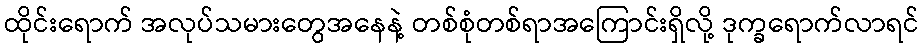
ထိုင်းရောက် အလုပ်သမားတွေအနေနဲ့ တစ်စုံတစ်ရာအကြောင်းရှိလို့ ဒုက္ခရောက်လာရင်